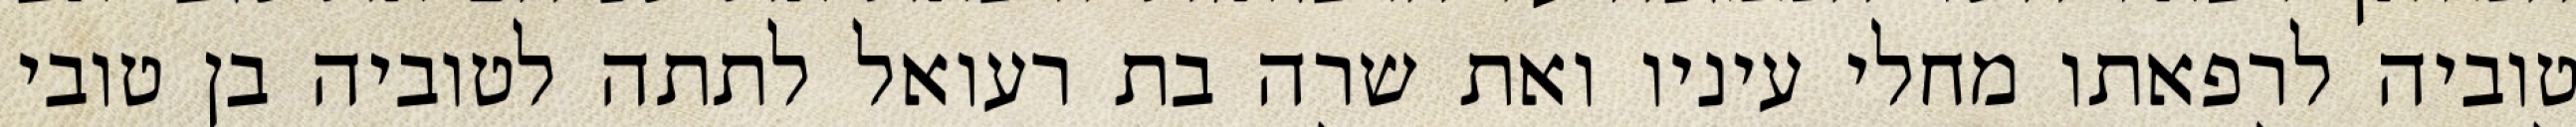
טוביה לרפאתו מחלי עיניו ואת שרה בת רעואל לתתה לטוביה בן טובי